Leaving Certificate Examination, 1925
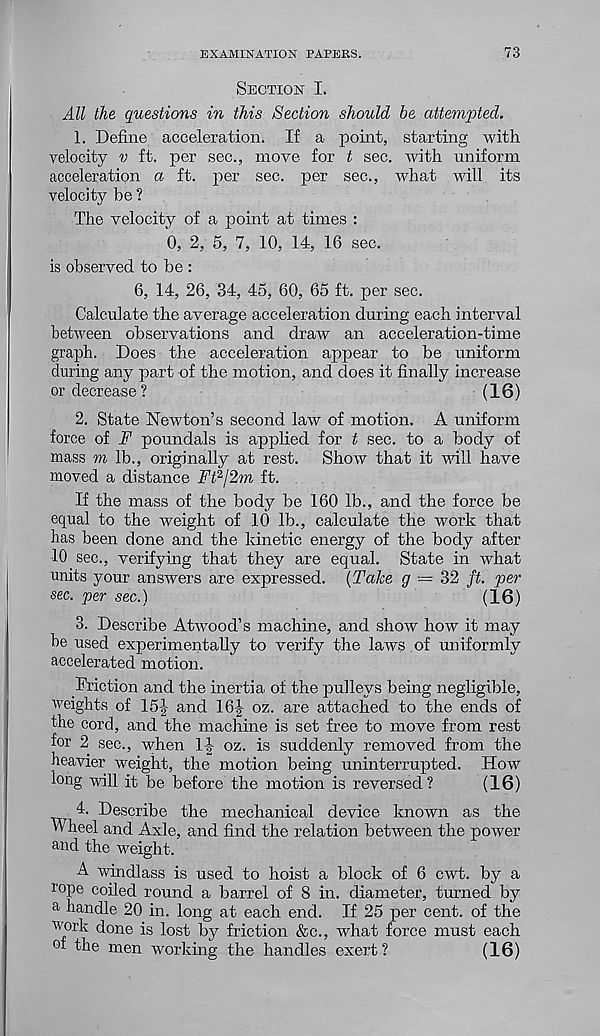
EXAMINATION PAPERS.
73
Section I.
All the questions in this Section should be attempted.
1. Define acceleration. If a point, starting with
velocity v ft. per sec., move for t sec. with uniform
acceleration a ft. per sec. per sec., what will its
velocity be ?
The velocity of a point at times :
0, 2, 5, 7, 10, 14, 16 sec.
is observed to be :
6, 14, 26, 34, 45, 60, 65 ft. per sec.
Calculate the average acceleration during each interval
between observations and draw an acceleration-time
graph. Does the acceleration appear to be uniform
during any part of the motion, and does it finally increase
or decrease ?
(16)
2. State Newton’s second law of motion. A uniform
force of F poundals is applied for t sec. to a body of
mass m lb., originally at rest.
Show that it wall have
moved a distance Ft 2 l2m ft.
If the mass of the body be 160 lb., and the force be
equal to the weight of 10 lb., calculate the work that
has been done and the kinetic energy of the body after
10 sec., verifying that they are equal. State in what
units your answers are expressed. (Take g — 32 ft. per
sec. per sec.)
(16)
3. Describe Atwood 1 s machine, and show how it may
be used experimentally to verify the laws of uniformly
accelerated motion.
Friction and the inertia of the pulleys being negligible,
weights of 15| and 16J oz. are attached to the ends of
the cord, and the machine is set free to move from rest
for 2 sec., when 1J oz. is suddenly removed from the
heavier weight, the motion being uninterrupted. How
long will it be before the motion is reversed ?
(16)
4. Describe the mechanical device known as the
Wheel and Axle, and find the relation between the power
and the weight.
A windlass is used to hoist a block of 6 cwt. by a
rope coiled round a barrel of 8 in. diameter, turned by
a handle 20 in. long at each end. If 25 per cent, of the
work done is lost by friction &c., what force must each
of the men working the handles exert?
(16)